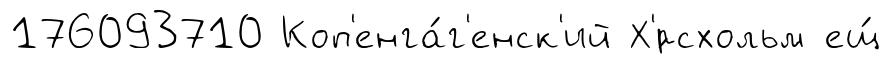
176093710 Коп'енга́г'енск'ий Х'́рсхольм ещ́